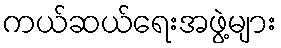
ကယ်ဆယ်ရေးအဖွဲ့များ